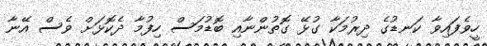
ހީވެފައިވާ ކަނޑުގެ ދިރުމަކާ ގުޅޭ ގޮތުންނާއި ބޮޑުމަސް ހިފުމާ ދެކޮޅަށް ވެސް އޭނާ